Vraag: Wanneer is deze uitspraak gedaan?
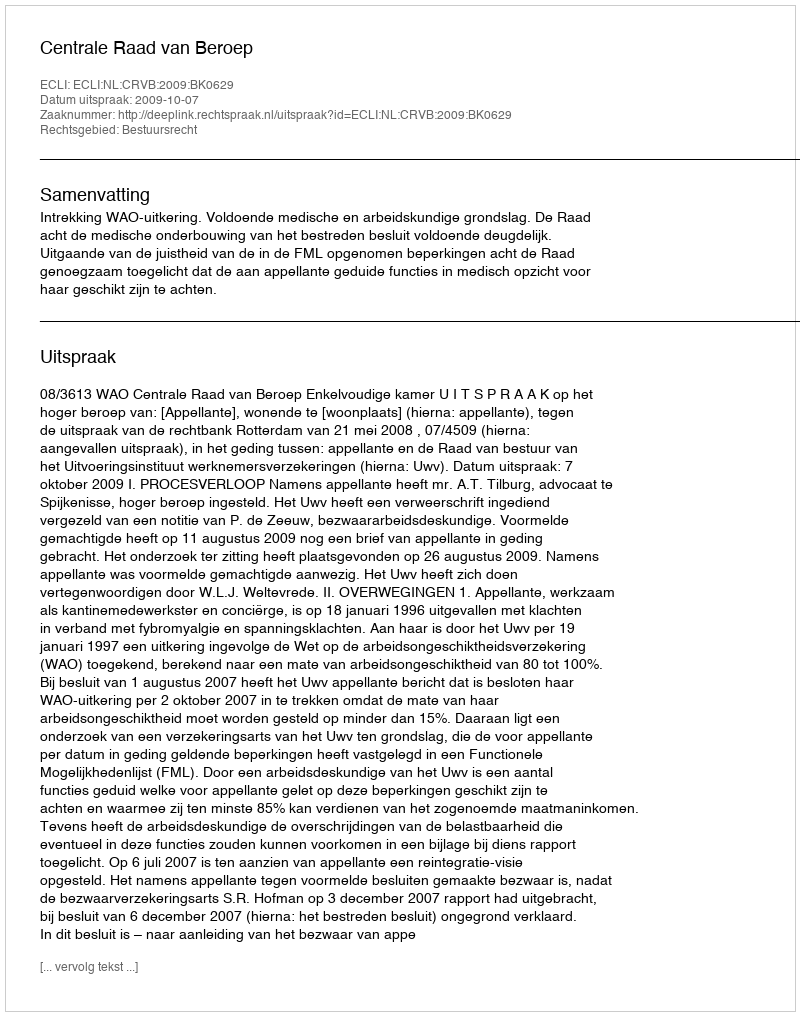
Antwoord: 2009-10-07